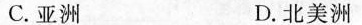
C.亚洲 D.北美洲